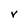
Character: V